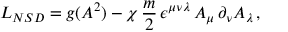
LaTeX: { \cal L } _ { N S D } = g ( A ^ { 2 } ) - \chi \, \frac { m } { 2 } \, \epsilon ^ { \mu \nu \lambda } \, A _ { \mu } \, \partial _ { \nu } A _ { \lambda } \, ,